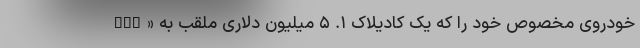
خودروی مخصوص خود را که یک کادیلاک ۱. ۵ میلیون دلاری ملقب به «The